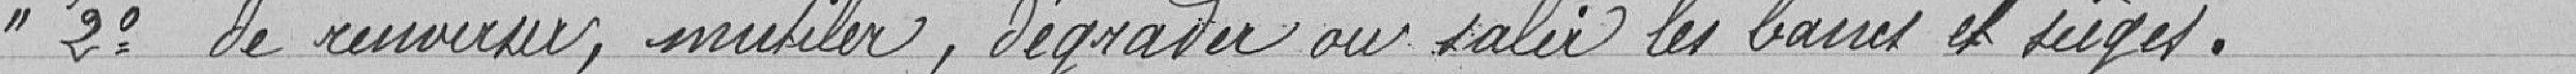
"2° de renverser, mutiler, dégrader ou salir les bancs et sièges.